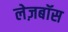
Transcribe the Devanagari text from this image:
लेज़बॉस